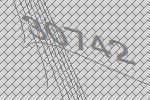
30742